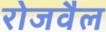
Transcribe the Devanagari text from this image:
रोजवैल